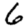
Digit: 6